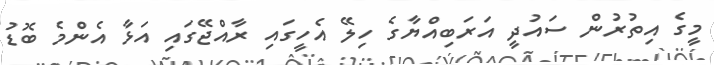
މީގެ އިތުރުން ސައުދީ އަރަބިއްޔާގެ ހިލޭ އެހީގައި ރާއްޖޭގައި އަޅާ އެންމެ ބޮޑު